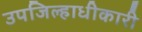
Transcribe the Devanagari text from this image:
उपजिल्हाधीकारी